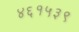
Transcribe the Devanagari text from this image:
४६१५३९